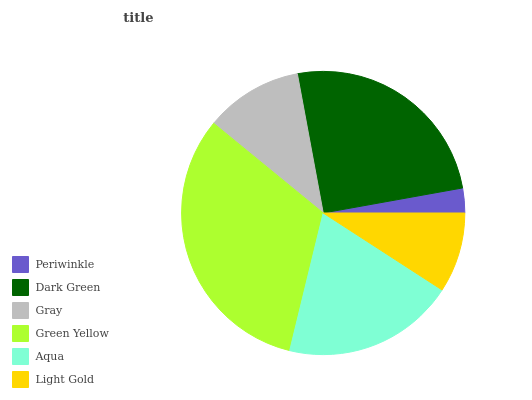
| Periwinkle | Dark Green | Gray | Green Yellow | Aqua | Light Gold |
 | --- | --- | --- | --- | --- | --- |
 | 2.81% | 25.1% | 11.1% | 32.1% | 19.7% | 9.14% |